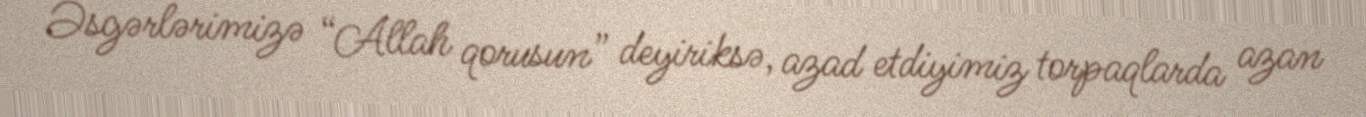
Əsgərlərimizə “Allah qorusun” deyiriksə, azad etdiyimiz torpaqlarda azan